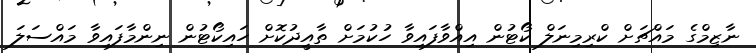
ނާޒިމްގެ މައްޗަށް ކްރިމިނަލް ކޯޓުން އިއްވާފައިވާ ހުކުމަށް ތާއީދުކޮށް ހައިކޯޓުން ނިންމާފައިވާ މައްސަލަ